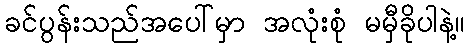
ခင်ပွန်းသည်အပေါ်မှာ အလုံးစုံ မမှီခိုပါနဲ့။